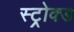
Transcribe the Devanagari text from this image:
स्ट्रोक्ड